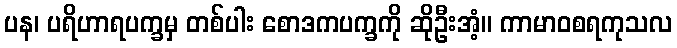
ပန၊ ပရိဟာရပက္ခမှ တစ်ပါး စောဒကပက္ခကို ဆိုဦးအံ့။ ကာမာဝစရကုသလ